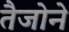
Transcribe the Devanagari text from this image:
तैजोने